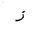
Letter: _zay